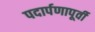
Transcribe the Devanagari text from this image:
पदार्पणापूर्वी